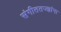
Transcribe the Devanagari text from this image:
संगीततज्ज्ञांना